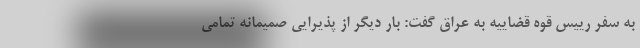
به سفر رییس قوه قضاییه به عراق گفت: بار دیگر از پذیرایی صمیمانه تمامی